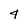
Character: 4